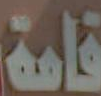
قامة